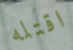
اقتله